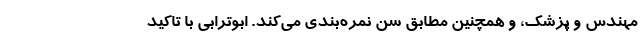
مهندس و پزشک، و همچنین مطابق سن نمره‌بندی می‌کند. ابوترابی با تاکید